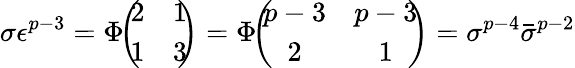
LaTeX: \sigma\epsilon^{p-3}=\Phi\! \! \left(\! \! \begin{array}{cc}{{2}}&{{1}}\\ {{1}}&{{3}}\end{array}\! \! \right)=\Phi\! \! \left(\! \! \begin{array}{cc}{{p-3}}&{{p-3}}\\ {{2}}&{{1}}\end{array}\! \! \right)=\sigma^{p-4}\bar{\sigma}^{p-2}